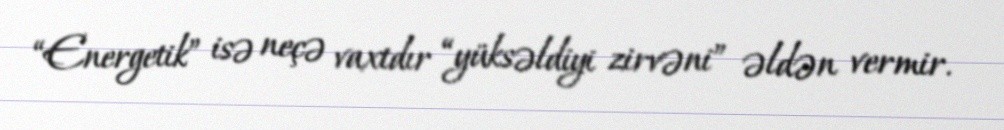
“Energetik” isə neçə vaxtdır “yüksəldiyi zirvəni” əldən vermir.